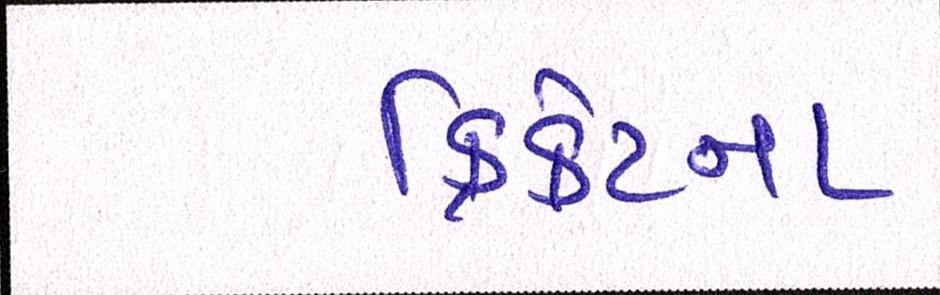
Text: ક્રિકેટના